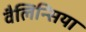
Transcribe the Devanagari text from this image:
वैलिन्सिया